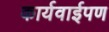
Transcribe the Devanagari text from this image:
कार्यवाईपण